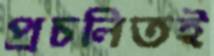
প্রচলিতই